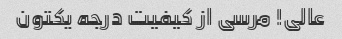
عالی! مرسی از کیفیت درجه یکتون